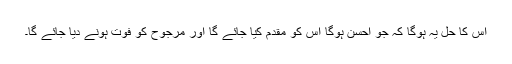
اس کا حل یہ ہوگا کہ جو احسن ہوگا اس کو مقدم کیا جائے گا اور مرجوح کو فوت ہونے دیا جائے گا۔